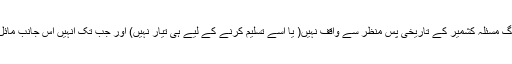
ان کے لیے یہ ایک دور دراز زمین پر جاری تنازعہ ہے، ان کے اکثر لوگ مسئلہ کشمیر کے تاریخی پس منظر سے واقف نہیں( یا اسے تسلیم کرنے کے لیے ہی تیار نہیں) اور جب تک انہیں اس جانب مائل نہ کیا جائے تو وہ اس بارے میں زیادہ جاننے کے خواہش مند بھی نہیں۔